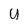
Character: U